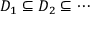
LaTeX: D _ { 1 } \subseteq D _ { 2 } \subseteq \cdots